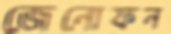
জেনোফন